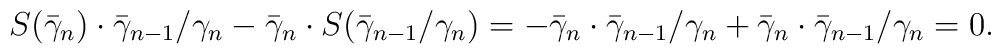
S(\bar{\gamma}_n)\cdot\bar{\gamma}_{n-1}/\gamma_n-\bar{\gamma}_n\cdot S(\bar{\gamma}_{n-1}/\gamma_n)=-\bar{\gamma}_n\cdot\bar{\gamma}_{n-1}/\gamma_n+\bar{\gamma}_n\cdot\bar{\gamma}_{n-1}/\gamma_n=0.